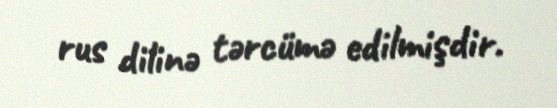
rus dilinə tərcümə edilmişdir.